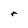
Character: r